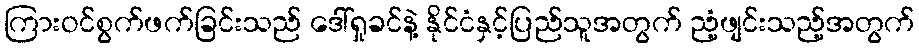
ကြားဝင်စွက်ဖက်ခြင်းသည် ဒေါ်ရှုခင်နဲ့ နိုင်ငံနှင့်ပြည်သူအတွက် ညံ့ဖျင်းသည့်အတွက်